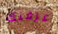
عرفتك